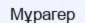
Мұрагер